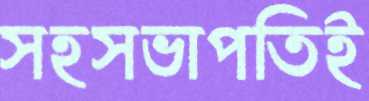
সহসভাপতিই